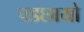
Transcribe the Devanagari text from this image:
पडछायो